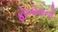
ફોબોસનો